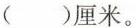
()厘米。